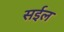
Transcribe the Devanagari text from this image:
सईल